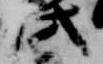
此